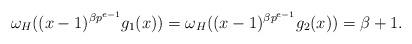
LaTeX: \begin{align*}\omega_H((x-1)^{\beta p^{e-1}}g_1(x))=\omega_H((x-1)^{\beta p^{e-1}}g_2(x))=\beta+1.\end{align*}